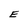
Character: E